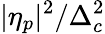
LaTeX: |\eta_{p}|^{2}/\Delta_{c}^{2}